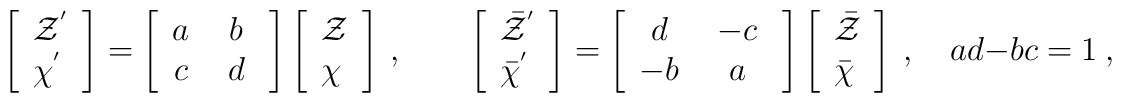
\left[ \begin{array}{l} {\cal Z}^{'}  \\ {\cal \chi}^{'} \end{array} \right] =\left[ \begin{array}{cc} a \ & b \ \\ c \ & d \ \end{array} \right]\left[ \begin{array}{l} {\cal Z}  \\ {\cal \chi} \end{array} \right] \ ,\qquad\left[ \begin{array}{l} {\bar {\cal Z}}^{'}  \\ {\bar {\cal \chi}}^{'} \end{array} \right]=\left[ \begin{array}{cc} d \ & -c \  \\ -b \ & a \ \end{array} \right]\left[ \begin{array}{l} {\bar {\cal Z}}  \\ {\bar {\cal \chi}} \end{array} \right] \ , \quad ad-bc=1 \ ,